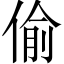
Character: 偷